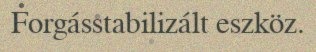
Forgásstabilizált eszköz.